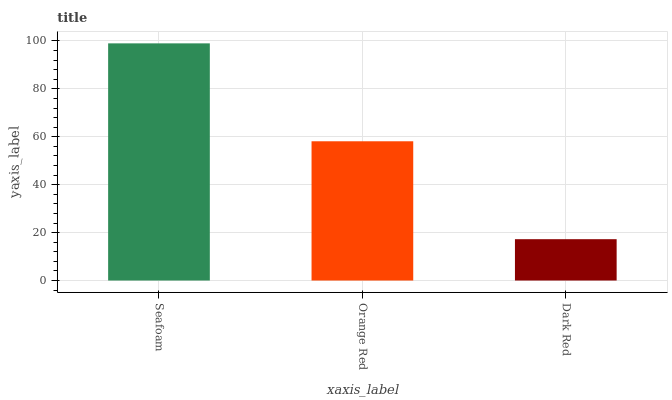
| xaxis_label | bars |
 | --- | --- |
 | Seafoam | 99 |
 | Orange Red | 58.1 |
 | Dark Red | 17.3 |